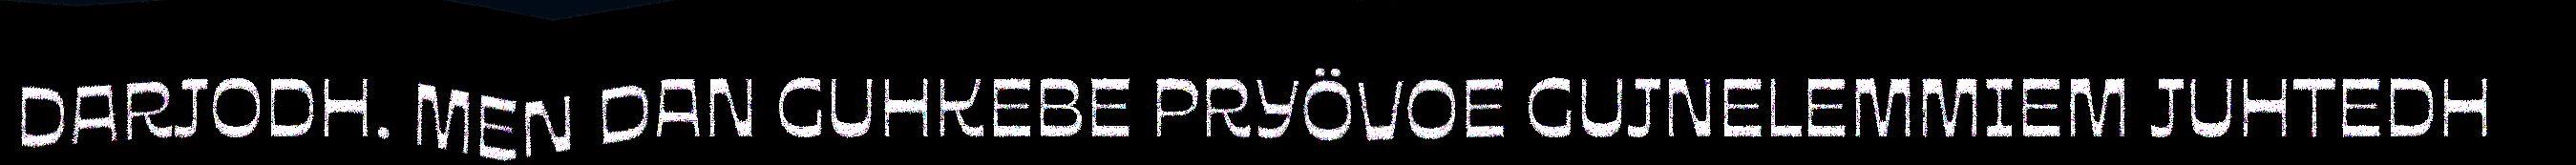
DARJODH. MEN DAN GUHKEBE PRYÖVOE GUJNELEMMIEM JUHTEDH